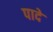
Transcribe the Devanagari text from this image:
पादे